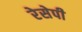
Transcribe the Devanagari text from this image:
रेसेपी